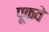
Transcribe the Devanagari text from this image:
पूकवे